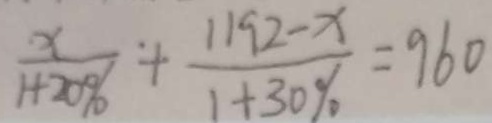
\frac { x } { 1 + 2 0 \% } + \frac { 1 1 9 2 - x } { 1 + 3 0 \% } = 9 6 0